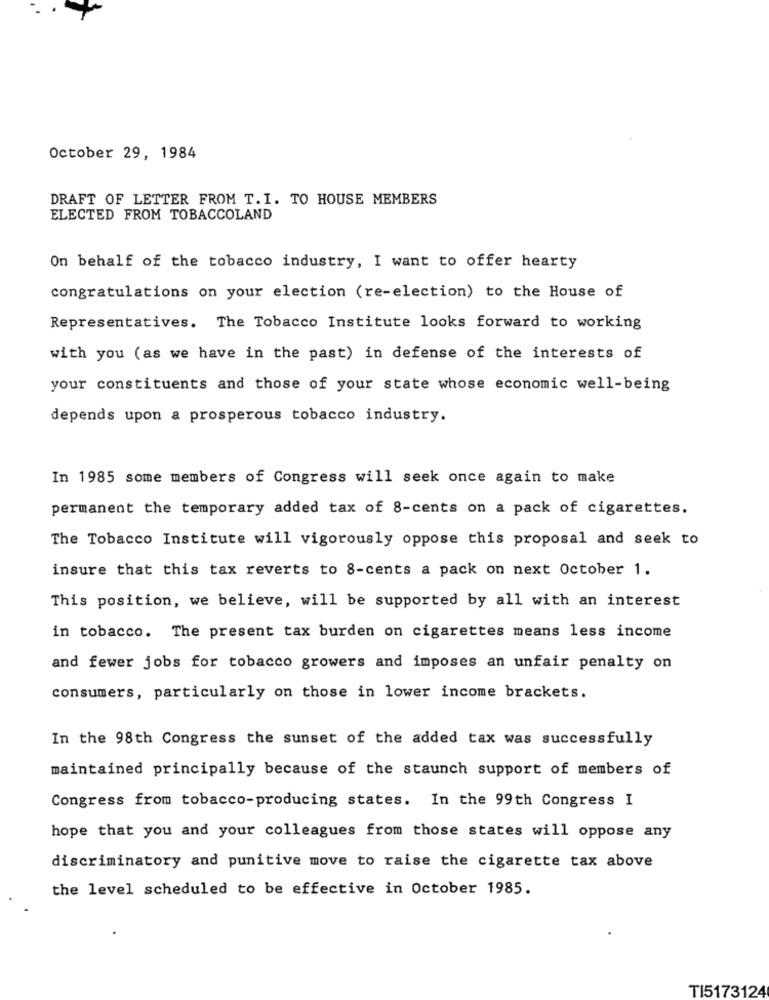
October 29, 1984
DRAFT OF LETTER FROM T. I. TO HOUSE MEMBERS
ELECTED FROM TOBACCOLAND
On behalf of the tobacco industry, I want to offer hearty
congratulations on your election (re-election) to the House of
Representatives. The Tobacco Institute looks forward to working
with you (as we have in the past) in defense of the interests of
your constituents and those of your state whose economic well-being
depends upon a prosperous tobacco industry.
In 1985 some members of Congress will seek once again to make
permanent the temporary added tax of 8-cents on a pack of cigarettes.
The Tobacco Institute will vigorously oppose this proposal and seek to
insure that this tax reverts to 8-cents a pack on next October 1.
This position, we believe, will be supported by all with an interest
in tobacco. The present tax burden on cigarettes means less income
and fewer jobs for tobacco growers and imposes an unfair penalty on
consumers, particularly on those in lower income brackets.
In the 98th Congress the sunset of the added tax was successfully
maintained principally because of the staunch support of members of
Congress from tobacco-producing states. In the 99th Congress I
hope that you and your colleagues from those states will oppose any
discriminatory and punitive move to raise the cigarette tax above
the level scheduled to be effective in October 1985.
TI5173124